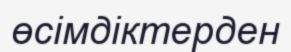
өсімдіктерден